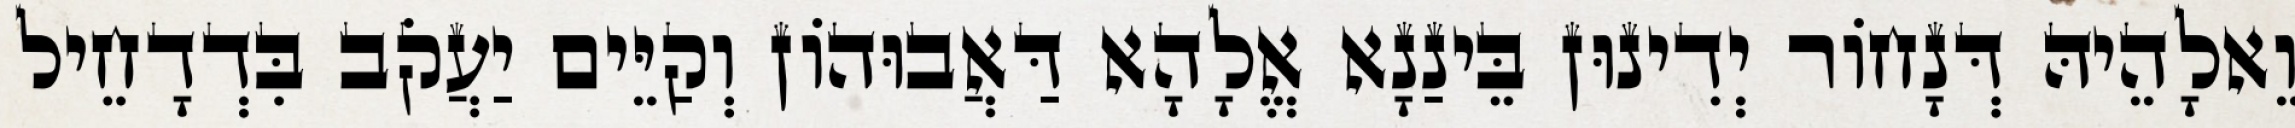
וֵאלָהֵיהּ דְּנָחוֹר יְדִינוּן בֵּינַנָא אֱלָהָא דַּאֲבוּהוֹן וְקַיֵּים יַעֲקֹב בִּדְדָחֵיל